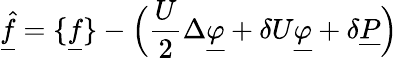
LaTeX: \underline{{\hat{f}}}=\{ \underline{{f}}\} -\Big(\frac{U}{2}\Delta\underline{{\varphi}}+\delta U\underline{{\varphi}}+\delta\underline{{P}}\Big)